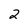
Character: 2